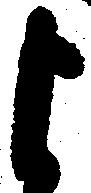
よ